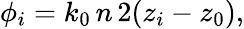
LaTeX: \phi_{i}=k_{0}\, n\, 2(z_{i}-z_{0}),